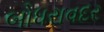
બોધરાવદર